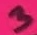
Text: 3